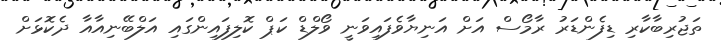
ތަޖުރިބާކާރި ޑިފެންޑަރު ރާމޯސް އަށް އަނިޔާވެފައިވަނީ ވޯލްޑް ކަޕް ކޮލިފައިންގައި އަލްބޭނިއާއާ ދެކޮޅަށް